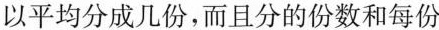
以平均分成几份，而且分的份数和每份